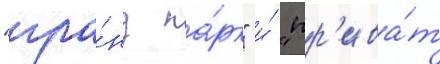
"гра́нд па́рк" и́ "пр'ива́т